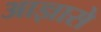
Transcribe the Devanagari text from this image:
आज्ञासे